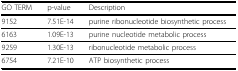
<table><thead><tr><td><b>GO TERM</b></td><td><b>p-value</b></td><td><b>Description</b></td></tr></thead><tbody><tr><td>9152</td><td>7.51E-14</td><td>purine ribonucleotide biosynthetic process</td></tr><tr><td>6163</td><td>1.09E-13</td><td>purine nucleotide metabolic process</td></tr><tr><td>9259</td><td>1.30E-13</td><td>ribonucleotide metabolic process</td></tr><tr><td>6754</td><td>7.21E-10</td><td>ATP biosynthetic process</td></tr></tbody></table>